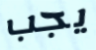
يجب